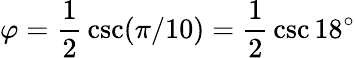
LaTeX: \varphi={\frac{1}{2}}\csc(\pi/10)={\frac{1}{2}}\csc 18^{\circ}